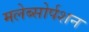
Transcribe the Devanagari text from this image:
मलेब्सोर्पशन